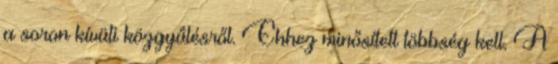
a soron kívüli közgyűlésről. Ehhez minősített többség kell. A